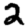
Digit: 2